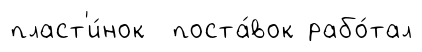
пласт'и́нок поста́вок рабо́тал